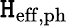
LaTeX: \mathtt{H}_{\mathrm{{eff,ph}}}